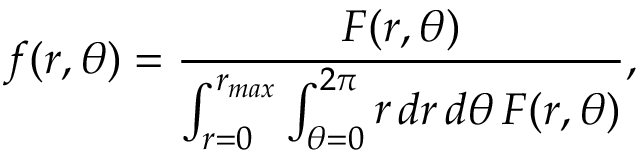
f ( r , \theta ) = \frac { F ( r , \theta ) } { \int _ { r = 0 } ^ { r _ { m a x } } \int _ { \theta = 0 } ^ { 2 \pi } \mathop { r } \mathop { d r } \mathop { d \theta } F ( r , \theta ) } ,